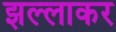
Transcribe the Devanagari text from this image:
झल्लाकर